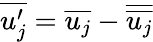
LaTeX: \overline{{u_{j}^{\prime}}}=\overline{{u_{j}}}-\overline{{\overline{{u_{j}}}}}